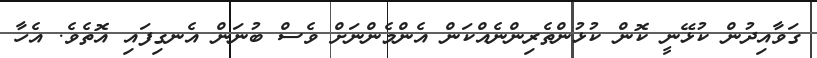
ގަވާއިދުން ކުޅޭނީ ކޮން ކުޅުންތެރިންނެއްކަން އެންމެންނަށް ވެސް ބުނަން އެނގިފައި އޮތެވެ. އެހާ